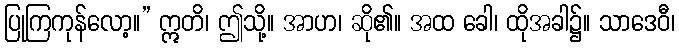
ပြုကြကုန်လော့။” ဣတိ၊ ဤသို့။ အာဟ၊ ဆို၏။ အထ ခေါ၊ ထိုအခါ၌။ သာဒေဝီ၊